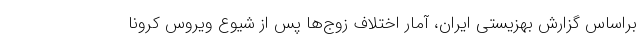
براساس گزارش بهزیستی ایران، آمار اختلاف‌ زوج‌ها پس از شیوع ویروس کرونا